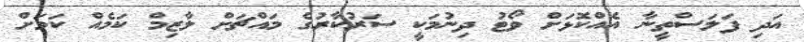
އަދި ފަލަސްތީނާ އެއްކޮޅަށް ވޯޓު ދިނުމަކީ ސަރުކާރުގެ މައްޗަށް ލާޒިމް ކަމެއް ކަމަށް